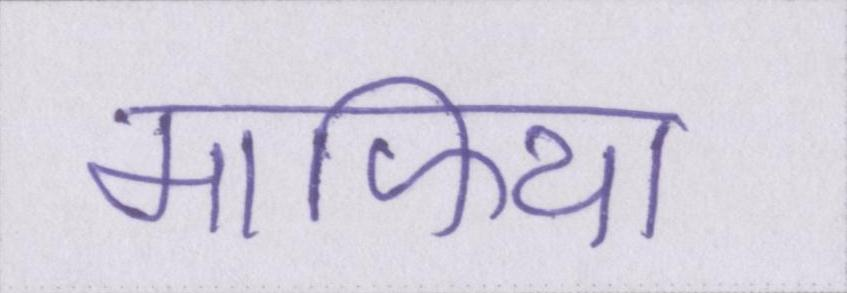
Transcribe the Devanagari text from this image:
माफिया